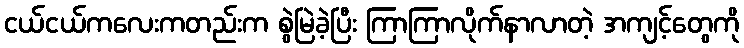
ငယ်ငယ်ကလေးကတည်းက စွဲမြဲခဲ့ပြီး ကြာကြာလိုက်နာလာတဲ့ အကျင့်တွေကို